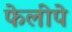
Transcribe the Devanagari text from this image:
फेलीपे